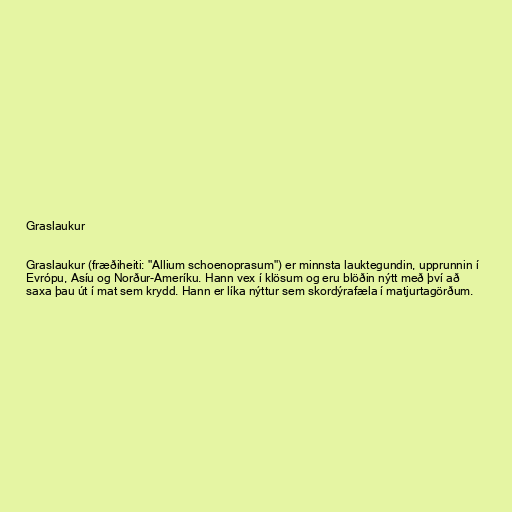
Graslaukur

Graslaukur (fræðiheiti: "Allium schoenoprasum") er minnsta lauktegundin, upprunnin í
Evrópu, Asíu og Norður-Ameríku. Hann vex í klösum og eru blöðin nýtt með því að
saxa þau út í mat sem krydd. Hann er líka nýttur sem skordýrafæla í matjurtagörðum.